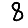
Digit: 8